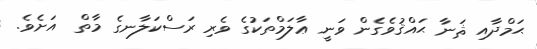
ޙަމްދާއި ޘަނާ ޙައްޤުވެގެން ވަނީ ޢާލަމްތަކުގެ ވެރި ރަސްކަލާނގެ މާތް  އަށެވެ.